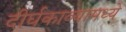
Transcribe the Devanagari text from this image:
दीर्घकाव्यामध्ये